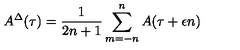
A ^ { \Delta } ( \tau ) = \frac { 1 } { 2 n + 1 } \sum _ { m = - n } ^ { n } A ( \tau + \epsilon n )